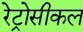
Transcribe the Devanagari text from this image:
रेट्रोसीकल